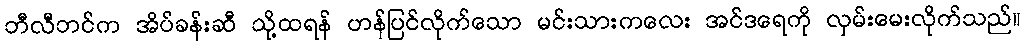
ဘီလီဘင်က အိပ်ခန်းဆီ သို့ထရန် ဟန်ပြင်လိုက်သော မင်းသားကလေး အင်ဒရေကို လှမ်းမေးလိုက်သည်။